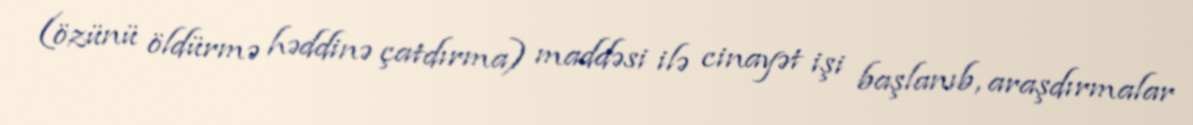
(özünü öldürmə həddinə çatdırma) maddəsi ilə cinayət işi başlanıb, araşdırmalar